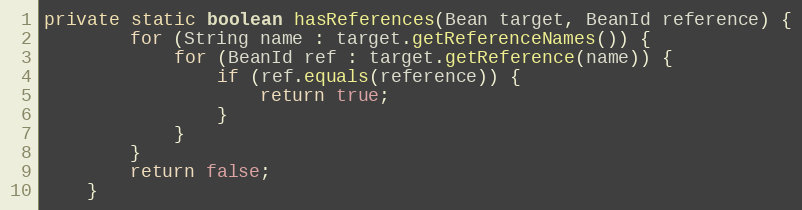
Language: Java
private static boolean hasReferences(Bean target, BeanId reference) {
        for (String name : target.getReferenceNames()) {
            for (BeanId ref : target.getReference(name)) {
                if (ref.equals(reference)) {
                    return true;
                }
            }
        }
        return false;
    }